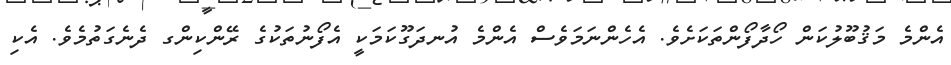
އެންމެ މަޤުބޫލުކަން ހޯދާފޯންތަކަށެވެ. އެހެންނަމަވެސް އެންމެ އުނދަގޫކަމަކީ އެފޯނުތަކުގެ ރޭންކިންގ ދެނެގަތުމެވެ. އެކި